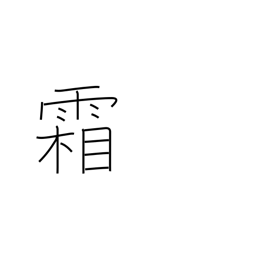
Meaning: frost